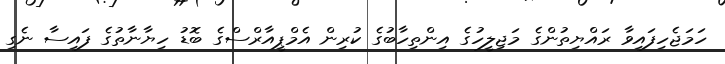
ހަމަޖެހިފައިވާ ރައްޔިތުންގެ މަޖިލީހުގެ އިންތިހާބުގެ ކުރިން އެމްޕީއާރްސްގެ ބޮޑު ހިޔާނާތުގެ ފައިސާ ނެގި